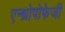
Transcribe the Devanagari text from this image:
एन्थ्रोपोफेजी